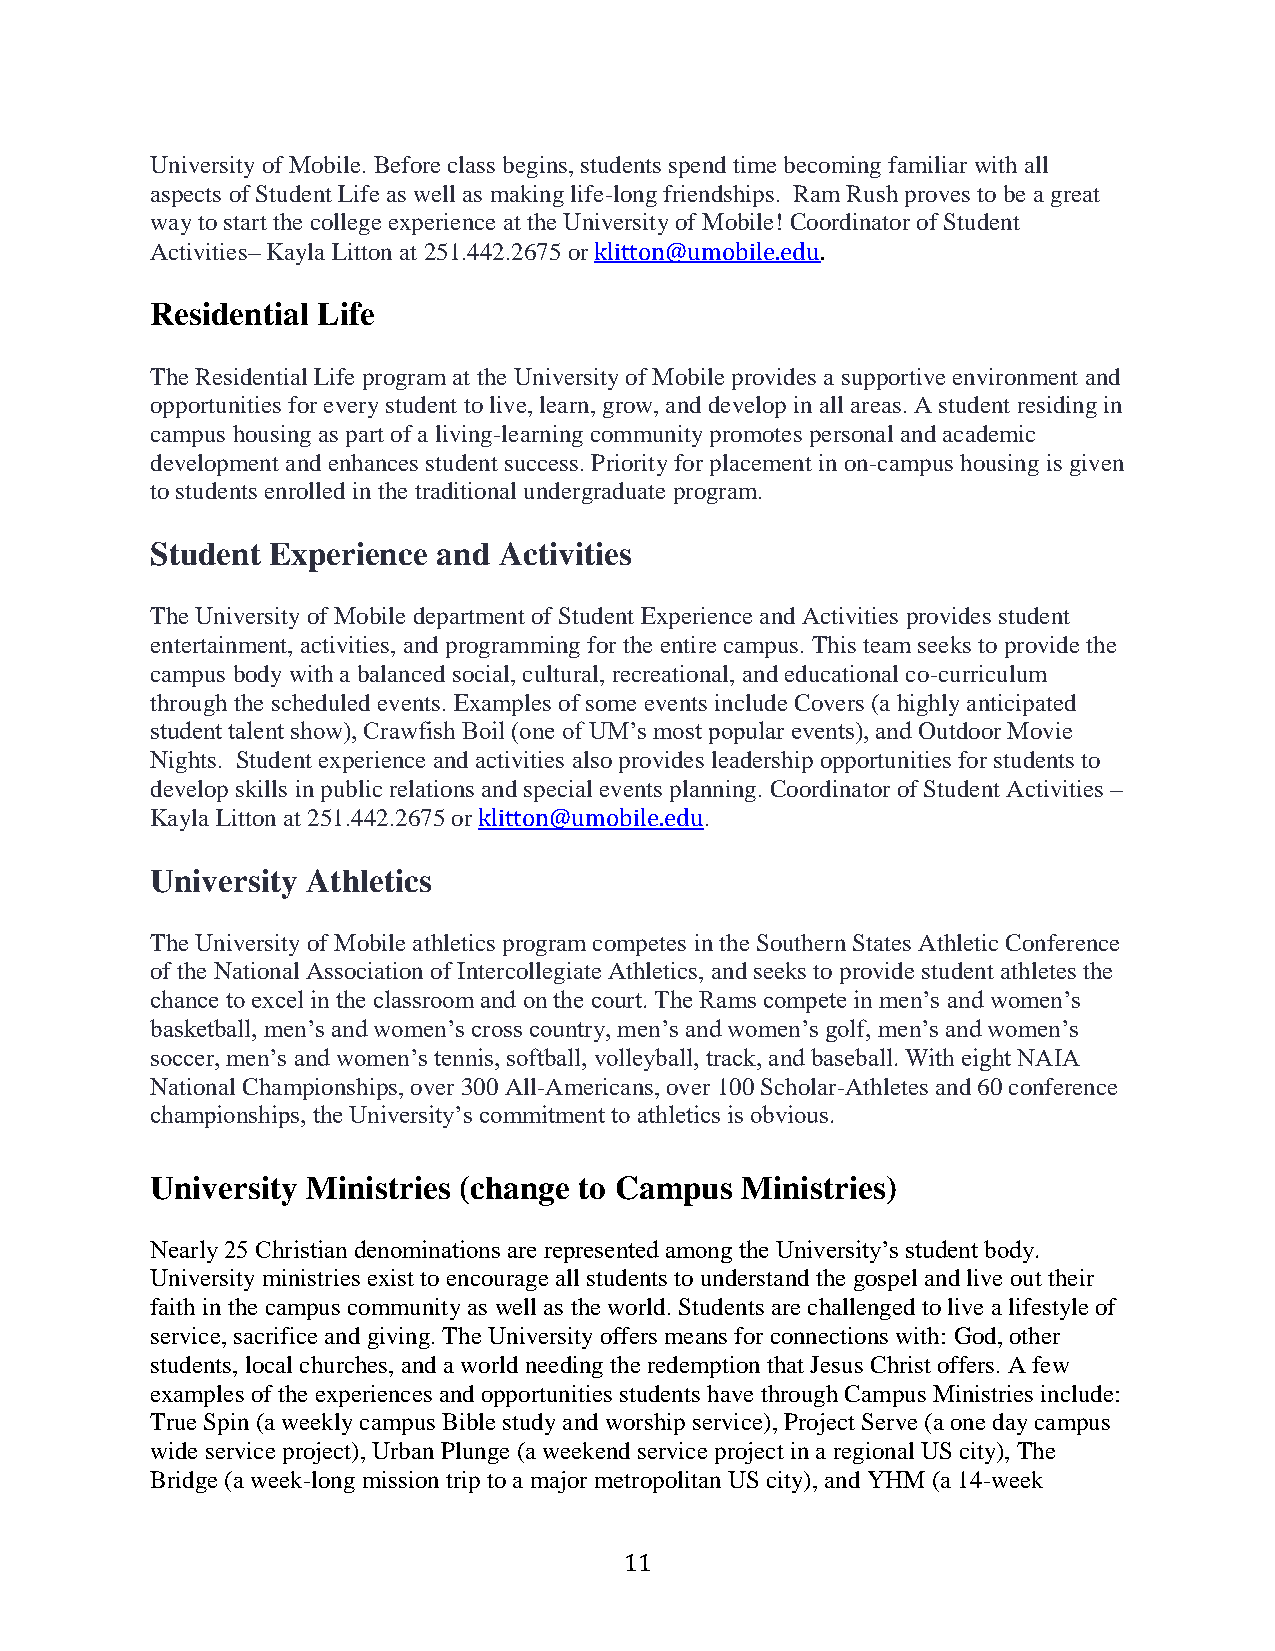
University of Mobile. Before class begins, students spend time becoming familiar with all
 aspects of Student Life as well as making life-long friendships. Ram Rush proves to be a great
 way to start the college experience at the University of Mobile! Coordinator of Student
 Activities– Kayla Litton at 251.442.2675 or klitton@umobile.edu.
 Residential Life
 The Residential Life program at the University of Mobile provides a supportive environment and
 opportunities for every student to live, learn, grow, and develop in all areas. A student residing in
 campus housing as part of a living-learning community promotes personal and academic
 development and enhances student success. Priority for placement in on-campus housing is given
 to students enrolled in the traditional undergraduate program.
 Student Experience and Activities
 The University of Mobile department of Student Experience and Activities provides student
 entertainment, activities, and programming for the entire campus. This team seeks to provide the
 campus body with a balanced social, cultural, recreational, and educational co-curriculum
 through the scheduled events. Examples of some events include Covers (a highly anticipated
 student talent show), Crawfish Boil (one of UM’s most popular events), and Outdoor Movie
 Nights. Student experience and activities also provides leadership opportunities for students to
 develop skills in public relations and special events planning. Coordinator of Student Activities –
 Kayla Litton at 251.442.2675 or klitton@umobile.edu.
 University Athletics
 The University of Mobile athletics program competes in the Southern States Athletic Conference
 of the National Association of Intercollegiate Athletics, and seeks to provide student athletes the
 chance to excel in the classroom and on the court. The Rams compete in men’s and women’s
 basketball, men’s and women’s cross country, men’s and women’s golf, men’s and women’s
 soccer, men’s and women’s tennis, softball, volleyball, track, and baseball. With eight NAIA
 National Championships, over 300 All-Americans, over 100 Scholar-Athletes and 60 conference
 championships, the University’s commitment to athletics is obvious.
 University Ministries (change to Campus Ministries)
 Nearly 25 Christian denominations are represented among the University’s student body.
 University ministries exist to encourage all students to understand the gospel and live out their
 faith in the campus community as well as the world. Students are challenged to live a lifestyle of
 service, sacrifice and giving. The University offers means for connections with: God, other
 students, local churches, and a world needing the redemption that Jesus Christ offers. A few
 examples of the experiences and opportunities students have through Campus Ministries include:
 True Spin (a weekly campus Bible study and worship service), Project Serve (a one day campus
 wide service project), Urban Plunge (a weekend service project in a regional US city), The
 Bridge (a week-long mission trip to a major metropolitan US city), and YHM (a 14-week
 11